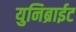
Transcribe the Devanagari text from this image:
युनिब्राईट